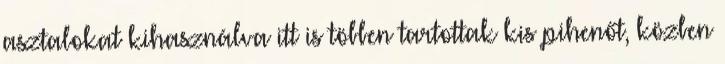
asztalokat kihasználva itt is többen tartottak kis pihenőt, közben